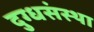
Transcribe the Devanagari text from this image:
दुग्धसंस्था